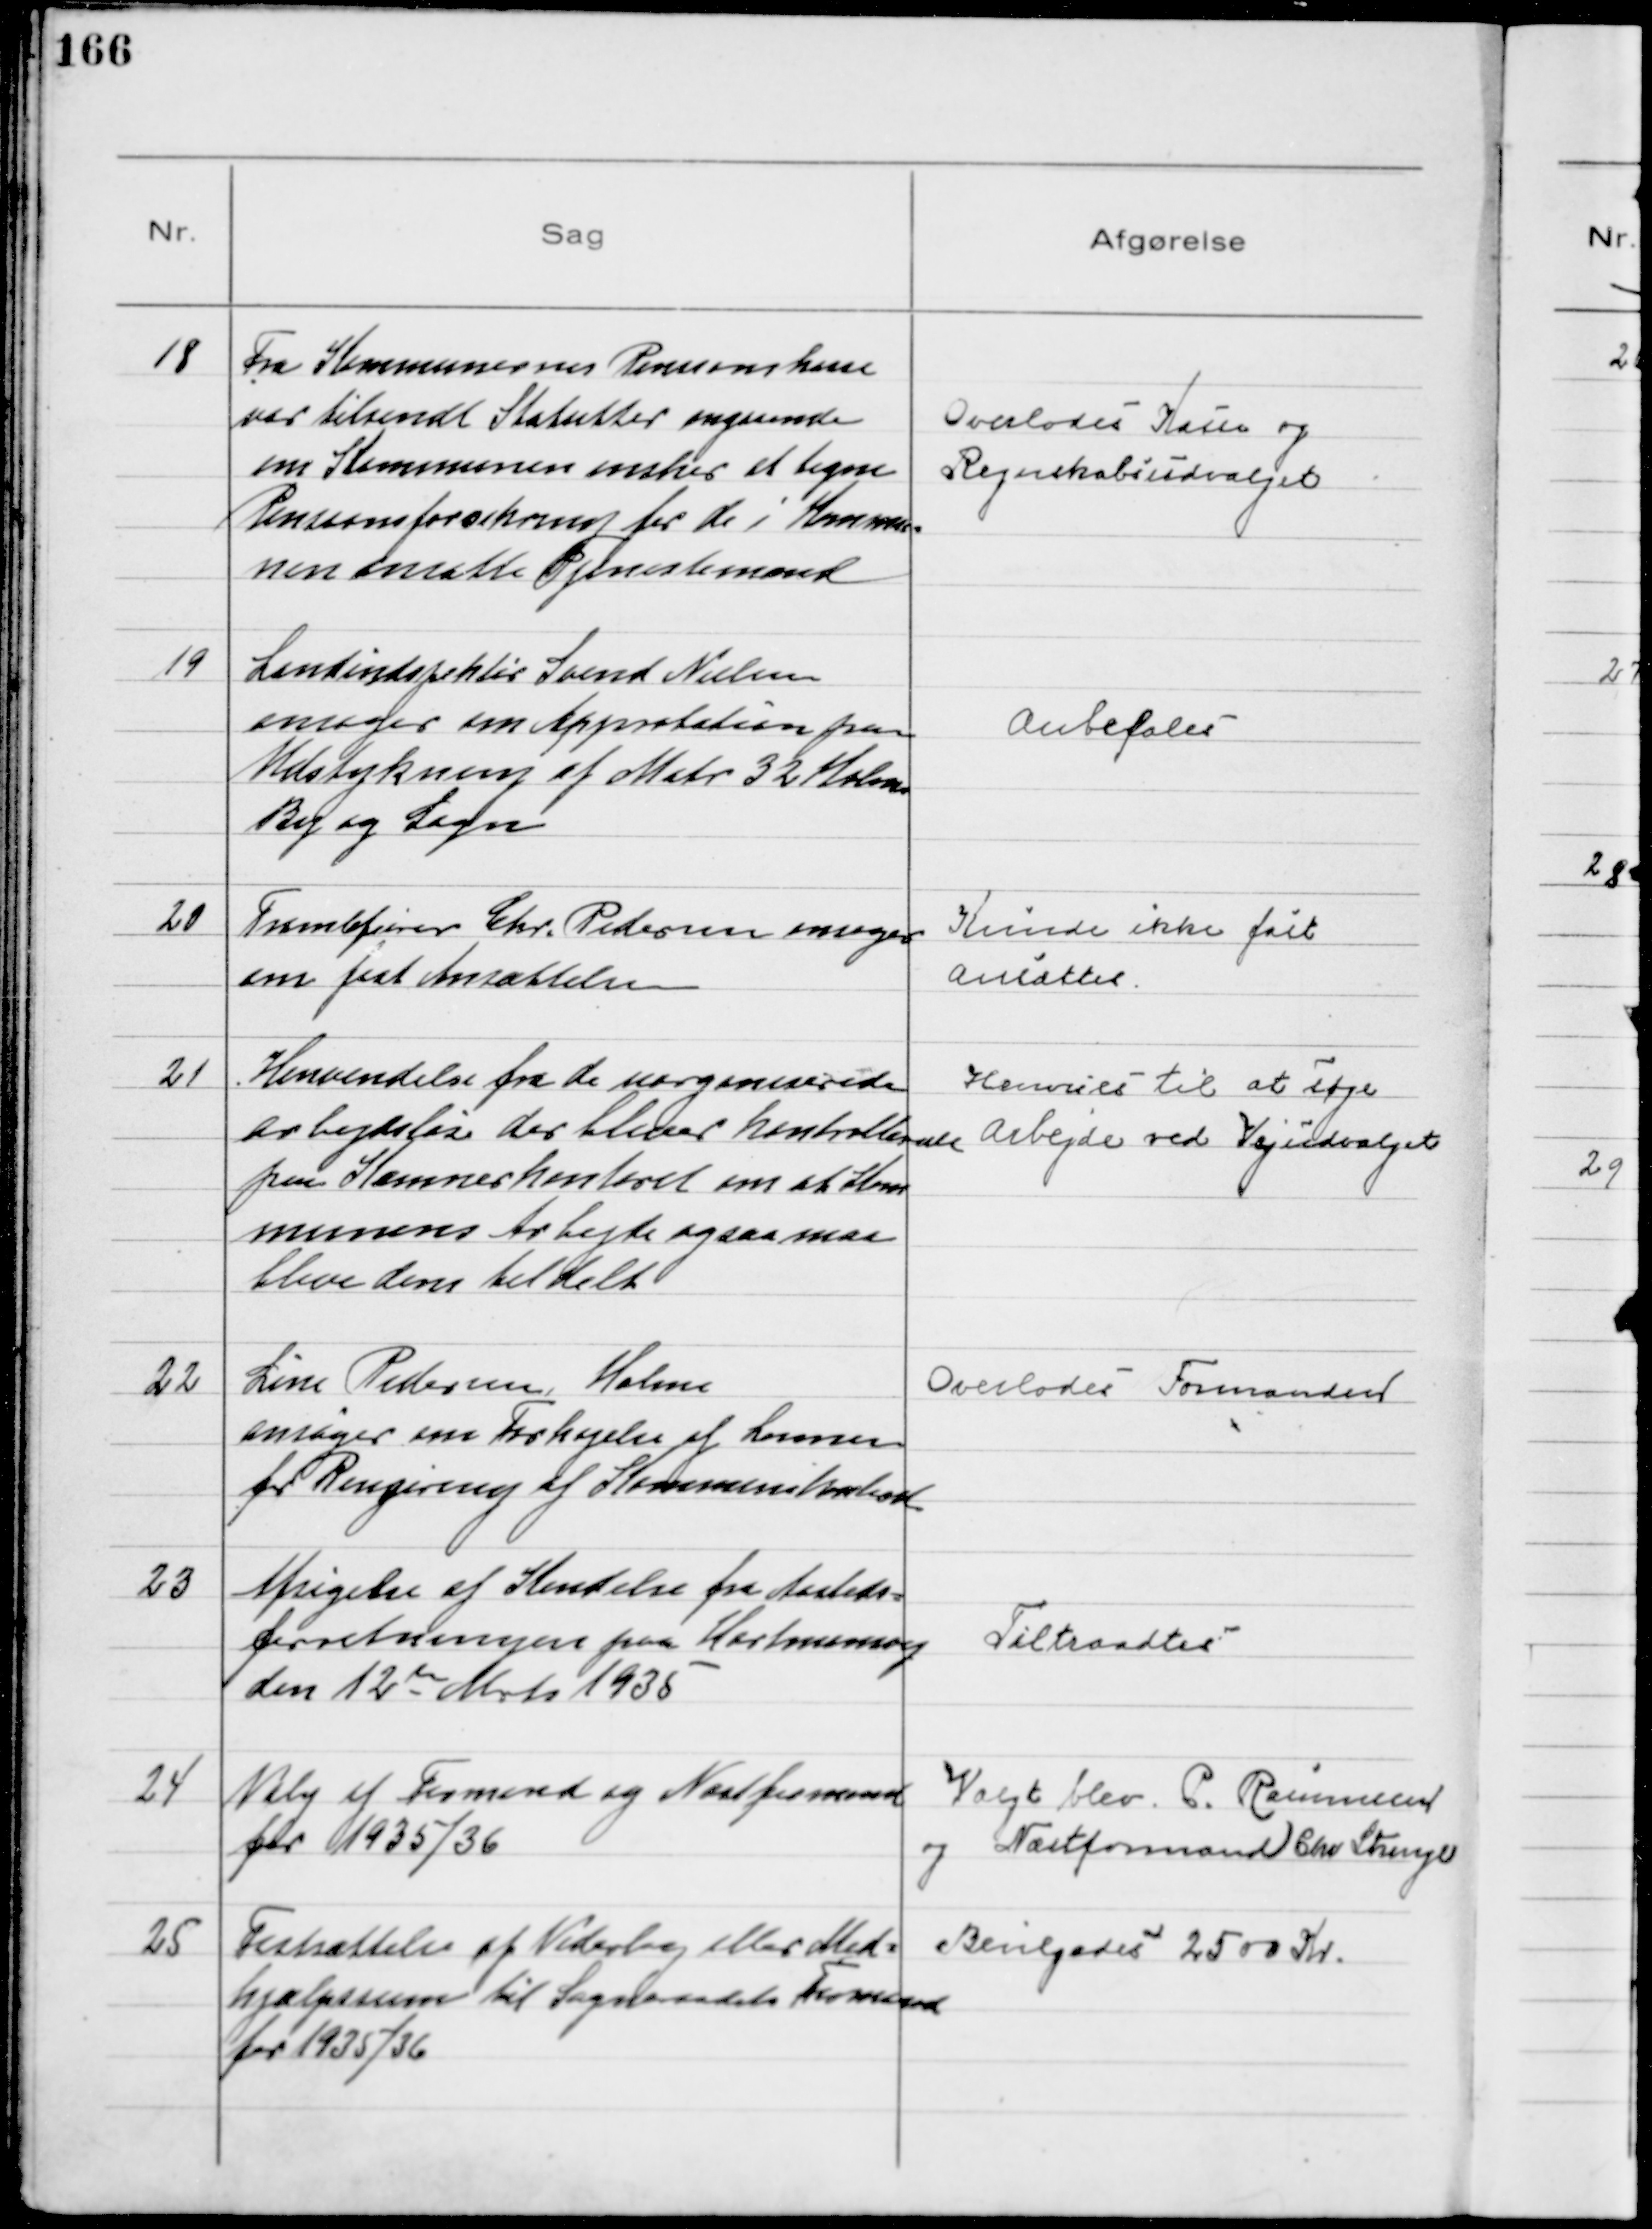
Transskription:
18
Fra Kommunernes Pensionskasse
var tilsendt Statutter angaaende
om Kommunen ønsker at tegne
Pensionsforsikring for de i Kommu=
nen ansatte Tjenestemænd

Overlodes Kasse og
Regnskabsudvalgetr

19
Landinspektør Svend Nielsen
ansøger om Approbation paa
Udstykning af Matr 32 Holme
By og Sogn

Anbefales

20
Tromlefører Chr. Pedersen ansøger
om fast Ansættelse

Kunde ikke fast
ansættes.

21
Henvendelse fra de uorganiserede
arbejdsløse der bliver kontrollerede
paa Kæmnerkontoret om at Kom
munens Arbejde ogsaa maa
blive dem tildelt
Henvises til at søge
Arbejde ved Vejudvalget

22
Line Pedersen, Holme
ansøger om Forhøjelse af Lønnen
for Rengøring af Kommunekontoret

Overlodes Formanden

23
Afsigelse af Kendelse fra Aasteds=
forretningen paa Hartmansvej
den 12 te Marts 1935

Tiltraadtes

24
Valg af Formand og Næstformand
for 1935/36

Valgt blev P. Rasmussen
og Næstformand Chr Strunge

25
Fastsættelse af Vederlag eller Med=
hjælpssum til Sogneraadets Formand
for 1935/36

Bevilgedes 2500 Kr.